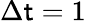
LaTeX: \Delta\mathsf{t}=1